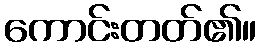
ကောင်းတတ်၏။